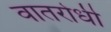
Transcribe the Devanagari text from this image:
वातरोधी